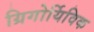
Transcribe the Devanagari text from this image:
ग्रिगोर्यिविक